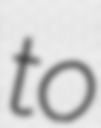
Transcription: to